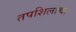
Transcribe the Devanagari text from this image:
तपशिलाचा